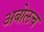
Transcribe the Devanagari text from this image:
अबोलच